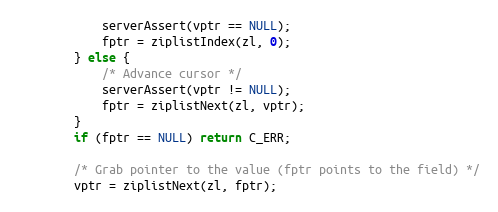
Language: C
            serverAssert(vptr == NULL);
            fptr = ziplistIndex(zl, 0);
        } else {
            /* Advance cursor */
            serverAssert(vptr != NULL);
            fptr = ziplistNext(zl, vptr);
        }
        if (fptr == NULL) return C_ERR;

        /* Grab pointer to the value (fptr points to the field) */
        vptr = ziplistNext(zl, fptr);